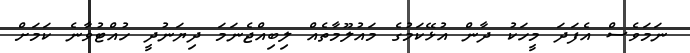
ނަމަވެސް އެފަދަ މީހަކު ދާން އުޅޭކަމުގެ މައުލޫމާތެއް ލިބިއްޖެނަމަ ދިޔަނުދީ ހުއްޓުވާނެ ކަމަށް